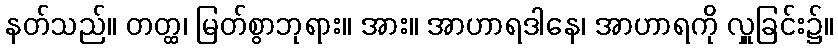
နတ်သည်။ တတ္ထ၊ မြတ်စွာဘုရား။ အား။ အာဟာရဒါနေ၊ အာဟာရကို လှူခြင်း၌။